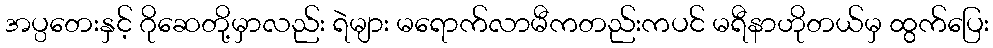
အပ္ပတေးနှင့် ဂိုဆေတို့မှာလည်း ရဲများ မရောက်လာမီကတည်းကပင် မရီနာဟိုတယ်မှ ထွက်ပြေး